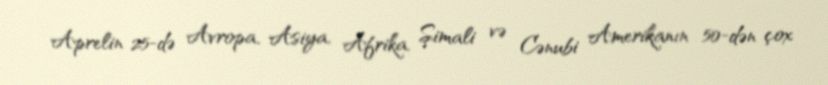
Aprelin 25-də Avropa, Asiya, Afrika, Şimali və Cənubi Amerikanın 50-dən çox